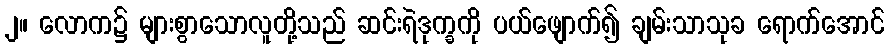
၂။ လောက၌ များစွာသောလူတို့သည် ဆင်းရဲဒုက္ခကို ပယ်ဖျောက်၍ ချမ်းသာသုခ ရောက်အောင်